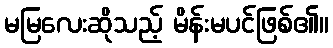
မမြလေးဆိုသည့် မိန်းမပင်ဖြစ်၏။